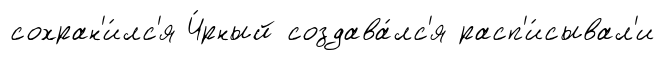
сохран'и́лс'я Ч́рный создава́лс'я расп'и́сывал'и